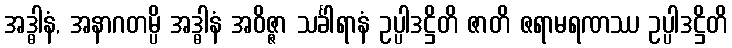
အဒ္ဓါနံ, အနာဂတမ္ပိ အဒ္ဓါနံ အဝိဇ္ဇာ သင်္ခါရာနံ ဥပ္ပါဒဋ္ဌိတိ ဇာတိ ဇရာမရဏဿ ဥပ္ပါဒဋ္ဌိတိ